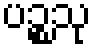
ပဉ္စသု